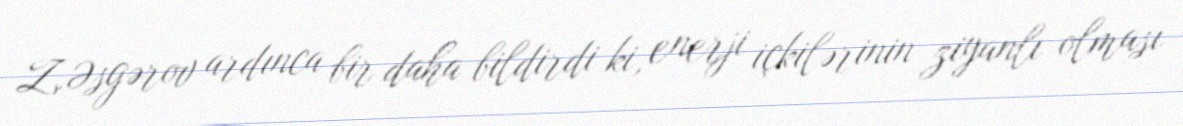
Z.Əsgərov ardınca bir daha bildirdi ki, enerji içkilərinin ziyanlı olması